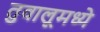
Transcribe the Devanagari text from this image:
तुवालूमध्ये